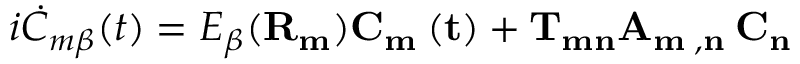
i \dot { C } _ { m \beta } ( t ) = E _ { \beta } ( \bf R _ { m } ) C _ { m \beta } ( t ) + T _ { m n } A _ { m \beta , n \alpha } C _ { n \alpha }